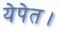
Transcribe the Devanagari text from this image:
येपेत।